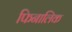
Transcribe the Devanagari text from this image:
फिनालिक